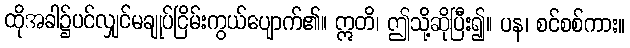
ထိုအခါ၌ပင်လျှင်မချုပ်ငြိမ်းကွယ်ပျောက်၏။ ဣတိ၊ ဤသို့ဆိုပြီး၍။ ပန၊ စင်စစ်ကား။